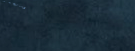
try our pizza